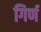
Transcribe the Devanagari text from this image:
गिर्ण